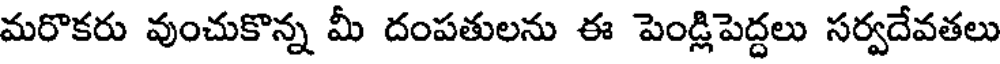
మరొకరు వుంచుకొన్న మీ దంపతులను ఈ పెండ్లిపెద్దలు సర్వదేవతలు